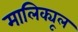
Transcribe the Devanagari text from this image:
मालिक्यूल